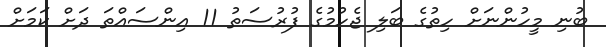
ބުނި މީހުންނަށް ހިތުގެ ބަލި ޖެހުމުގެ ފުރުސަތު 11 އިންސައްތަ ދަށް ކަމަށް